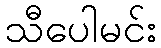
သီပေါမင်း